Report of the Indian Hemp Drugs Commission, 1894-1895 - Volume IV
Year: 1894
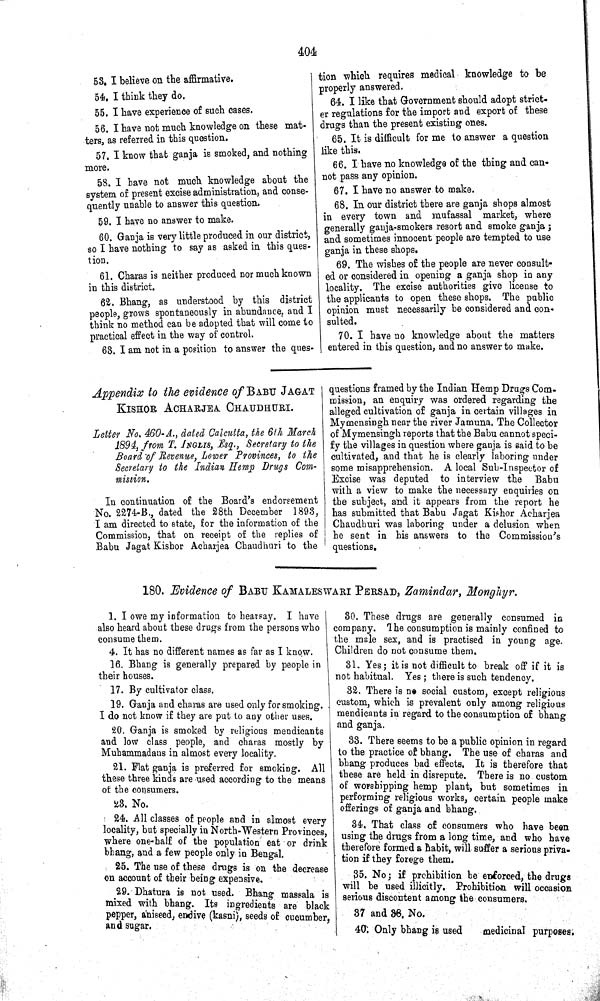
404
53. I believe on the affirmative.
54. I think they do.
55. I have experience of such cases.
56. I have not much knowledge on these mat-
ters, as referred in this question.
57. I know that ganja is smoked, and nothing
more.
58. I have not much knowledge about the
system of present excise administration, and conse-
quently unable to answer this question.
59. I have no answer to make.
60. Ganja is very little produced in our district,
so I have nothing to say as asked in this ques-
tion.
61. Charas is neither produced nor much known
in this district.
62. Bhang, as understood by this district
people, grows spontaneously in abundance, and I
think no method can be adopted that will come to
practical effect in the way of control.
63. I am not in a position to answer the ques-
tion which requires medical knowledge to be
properly answered.
64. I like that Government should adopt strict-
er regulations for the import and export of these
drugs than the present existing ones.
65. It is difficult for me to answer a question
like this.
66. I have no knowledge of the thing and can-
not pass any opinion.
67. I have no answer to make.
68. In our district there are ganja shops almost
in every town and mufassal market, where
generally ganja-smokers resort and smoke ganja;
and sometimes innocent people are tempted to use
ganja in these shops.
69. The wishes of the people are never consult-
ed or considered in opening a ganja shop in any
locality. The excise authorities give license to
the applicants to open these shops. The public
opinion must necessarily be considered and con-
sulted.
70. I have no knowledge about the matters
entered in this question, and no answer to make.
Appendix to the evidence of BABU JAGAT
KISHOR ACHARJEA CHAUDHURI.
Letter No. 460-A., dated Calcutta, the 6th March
1894, from T. INGLIS, Esq., Secretary to the
Board of Revenue, Lower Provinces, to the
Secretary to the Indian Hemp Drugs Com-
mission.
In continuation of the Board's endorsement
No. 2274-B., dated the 28th December 1893,
I am directed to state, for the information of the
Commission, that on receipt of the replies of
Babu Jagat Kishor Acharjea Chaudhuri to the
questions framed by the Indian Hemp Drugs Com-
mission, an enquiry was ordered regarding the
alleged cultivation of ganja in certain villages in
Mymensingh near the river Jamuna. The Collector
of Mymensingh reports that the Babu cannot speci-
fy the villages in question where ganja is said to be
cultivated, and that he is clearly laboring under
some misapprehension. A local Sub-Inspector of
Excise was deputed to interview the Babu
with a view to make the necessary enquiries on
the subject, and it appears from the report he
has submitted that Babu Jagat Kishor Acharjea
Chaudhuri was laboring under a delusion when
he sent in his answers to the Commission's
questions.
180. Evidence of BABU KAMALESWARI PERSAD, Zamindar, Monghyr.
1. I owe my information to hearsay. I have
also heard about these drugs from the persons who
consume them.
4. It has no different names as far as I know.
16. Bhang is generally prepared by people in
their houses.
17. By cultivator class.
19. Ganja and charas are used only for smoking.
I do not know if they are put to any other uses.
20. Ganja is smoked by religious mendicants
and low class people, and charas mostly by
Muhammadans in almost every locality.
21. Flat ganja is preferred for smoking. All
these three kinds are used according to the means
of the consumers.
23. No.
24.
All classes of people and in almost every
locality, but specially in North-Western Provinces,
where one-half of the population eat or drink
bhang, and a few people only in Bengal.
25. The use of these drugs is on the decrease
on account of their being expensive.
29. Dhatura is not used. Bhang massala is
mixed with bhang. Its ingredients are black
pepper, aniseed, endive (kasni), seeds of cucumber,
and sugar.
30. These drugs are generally consumed in
company. The consumption is mainly confined to
the male sex, and is practised in young age.
Children do not consume them.
31. Yes; it is not difficult to break off if it is
not habitual. Yes; there is such tendency.
32. There is no social custom, except religious
custom, which is prevalent only among religious
mendicants in regard to the consumption of bhang
and ganja.
33. There seems to be a public opinion in regard
to the practice of bhang. The use of charas and
bhang produces bad effects. It is therefore that
these are held in disrepute. There is no custom
of worshipping hemp plant, but sometimes in
performing religious works, certain people make
offerings of ganja and bhang.
34. That class of consumers who have been
using the drugs from a long time, and who have
therefore formed a habit, will suffer a serious priva-
tion if they forege them.
35. No; if prohibition be enforced, the drugs
will be used illicitly. Prohibition will occasion
serious discontent among the consumers.
37 and 38. No.
40. Only bhang is used
medicinal
purposes.